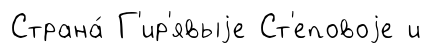
Страна́ Г'ир'явыjе Ст'еповоjе и